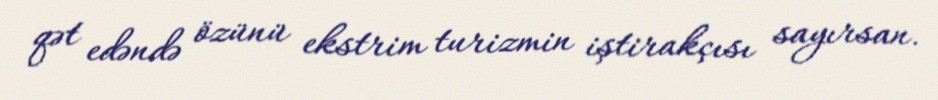
qət edəndə özünü ekstrim turizmin iştirakçısı sayırsan.